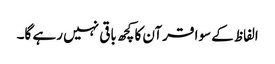
الفاظ کے سوا قرآن کا کچھ باقی نہیں رہے گا۔